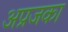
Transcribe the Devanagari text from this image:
अप्रजका